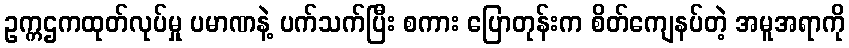
ဥက္ကဌကထုတ်လုပ်မှု ပမာဏနဲ့ ပက်သက်ပြီး စကား ပြောတုန်းက စိတ်ကျေနပ်တဲ့ အမူအရာကို